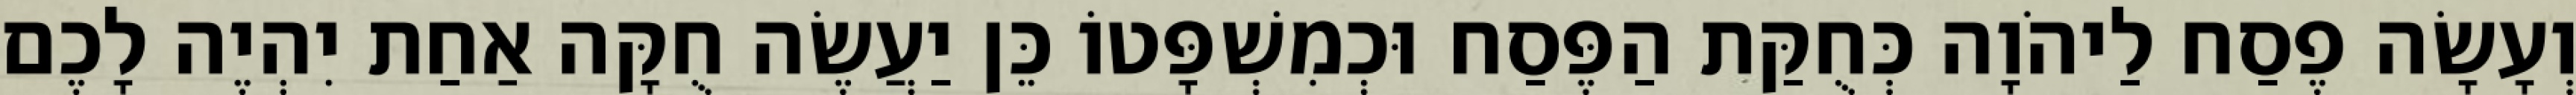
וְעָשָׂה פֶסַח לַיהֹוָה כְּחֻקַּת הַפֶּסַח וּכְמִשְׁפָּטוֹ כֵּן יַעֲשֶׂה חֻקָּה אַחַת יִהְיֶה לָכֶם